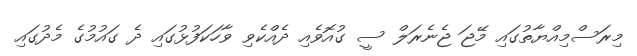
މިރަސްމިއްޔާތުގައި މޭޖަ ޖެނެރަލް ސީ ގުއޮވެއި ދެއްކެވި ވާހަކަފުޅުގައި ދެ ގައުމުގެ މެދުގައި